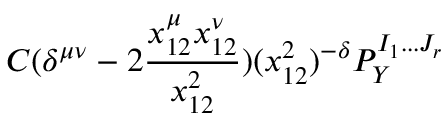
C ( \delta ^ { \mu \nu } - 2 \frac { x _ { 1 2 } ^ { \mu } x _ { 1 2 } ^ { \nu } } { x _ { 1 2 } ^ { 2 } } ) ( x _ { 1 2 } ^ { 2 } ) ^ { - \delta } P _ { Y } ^ { I _ { 1 } . . . J _ { r } }